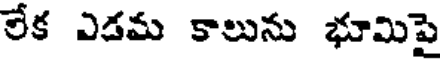
లేక ఎడమ కాలును భూమిపై